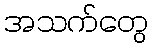
အသက်တွေ